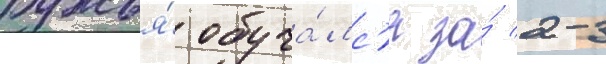
ружья́ обуча́лс'я за́ 2-3